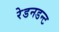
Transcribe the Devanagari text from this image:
रेडनडन्ट